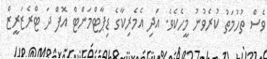
ވެސް ތުހުމަތު ކުރެވުނު މީހެކެވެ. އަދި އެމެރިކާގެ ޑިޕާޓްމަންޓް އޮފް ދަ ޓްރެޒަރީޒް